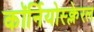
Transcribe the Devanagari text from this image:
कॉर्नियोस्क्लेरल